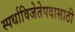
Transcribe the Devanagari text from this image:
स्पर्धाविजेतेपदासाठी